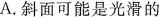
A.斜面可能是光滑的